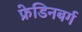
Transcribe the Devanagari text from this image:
फ्रेडिनबर्ग